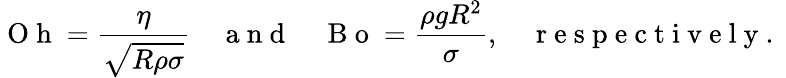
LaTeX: \mathrm{~O~h~}=\frac{\eta}{\sqrt{R\rho\sigma}}\quad\mathrm{~a~n~d~}\quad\mathrm{~B~o~}=\frac{\rho gR^{2}}{\sigma},\quad\mathrm{~r~e~s~p~e~c~t~i~v~e~l~y~.~}